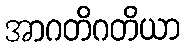
အာဂတိဂတိယာ